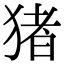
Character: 猪